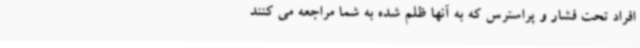
افراد تحت فشار و پراسترس که به آنها ظلم شده به شما مراجعه می کنند